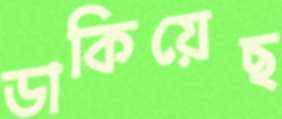
ডাকিয়েছ